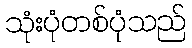
သုံးပုံတစ်ပုံသည်